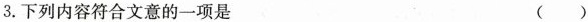
3.下列内容符合文意的一项是 ( )